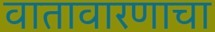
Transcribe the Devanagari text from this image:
वातावारणाचा